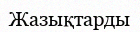
Жазықтарды